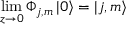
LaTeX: \operatorname * { l i m } _ { z \rightarrow 0 } \Phi _ { j , m } \left| 0 \right\rangle = \left| j , m \right\rangle